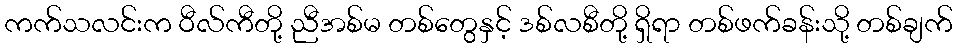
ကက်သလင်းက ဝီလ်ကီတို့ ညီအစ်မ တစ်တွေနှင့် ဒစ်လစီတို့ ရှိရာ တစ်ဖက်ခန်းသို့ တစ်ချက်